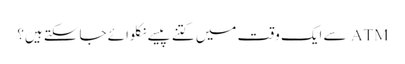
ATM سے ایک وقت میں کتنے پیسے نکلوائے جاسکتے ہیں؟